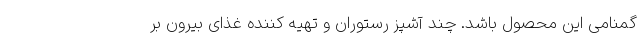
گمنامی این محصول باشد. چند آشپز رستوران و تهیه کننده غذای بیرون بر